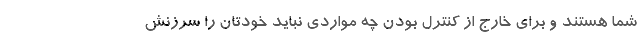
شما هستند و برای خارج از کنترل بودن چه مواردی نباید خودتان را سرزنش